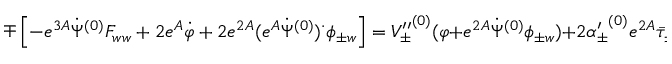
\mp \left[ - e ^ { 3 A } \dot { \Psi } ^ { ( 0 ) } F _ { w w } + 2 e ^ { A } \dot { \varphi } + 2 e ^ { 2 A } ( e ^ { A } \dot { \Psi } ^ { ( 0 ) } ) ^ { \cdot } \phi _ { \pm w } \right] = { V _ { \pm } ^ { \prime \prime } } ^ { ( 0 ) } ( \varphi + e ^ { 2 A } \dot { \Psi } ^ { ( 0 ) } \phi _ { \pm w } ) + 2 { \alpha _ { \pm } ^ { \prime } } ^ { ( 0 ) } e ^ { 2 A } \bar { \tau } _ { \pm ( Y ) } ,